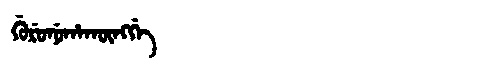
Manchu: ᡤᡠᡵᡠᠨᡠᡥᠠᡴᡡᠩᡤᡝ
Romanization: GURUNUHAKŪNGGE